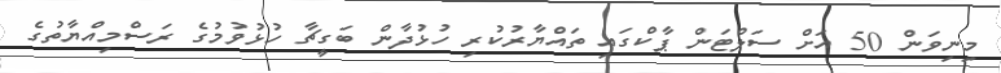
މިނިވަން 50 އަށް ސަލްޓަން ޕާކްގައި ތައްޔާރުކުރި ހުޅުދާން ބަގީޗާ ހުޅުވުމުގެ ރަސްމިއްޔާތުގެ